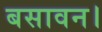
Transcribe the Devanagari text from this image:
बसावन।